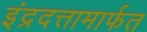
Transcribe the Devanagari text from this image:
इंद्रदत्तामार्फत